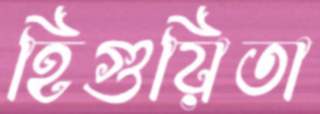
হিগুয়িতা